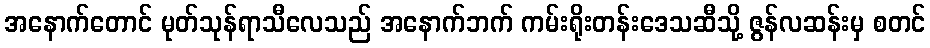
အနောက်တောင် မုတ်သုန်ရာသီလေသည် အနောက်ဘက် ကမ်းရိုးတန်းဒေသဆီသို့ ဇွန်လဆန်းမှ စတင်